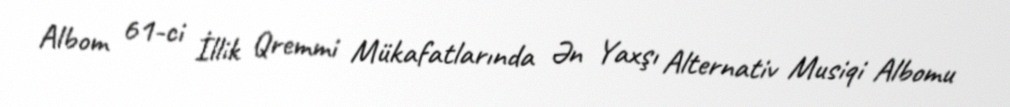
Albom 61-ci İllik Qremmi Mükafatlarında Ən Yaxşı Alternativ Musiqi Albomu